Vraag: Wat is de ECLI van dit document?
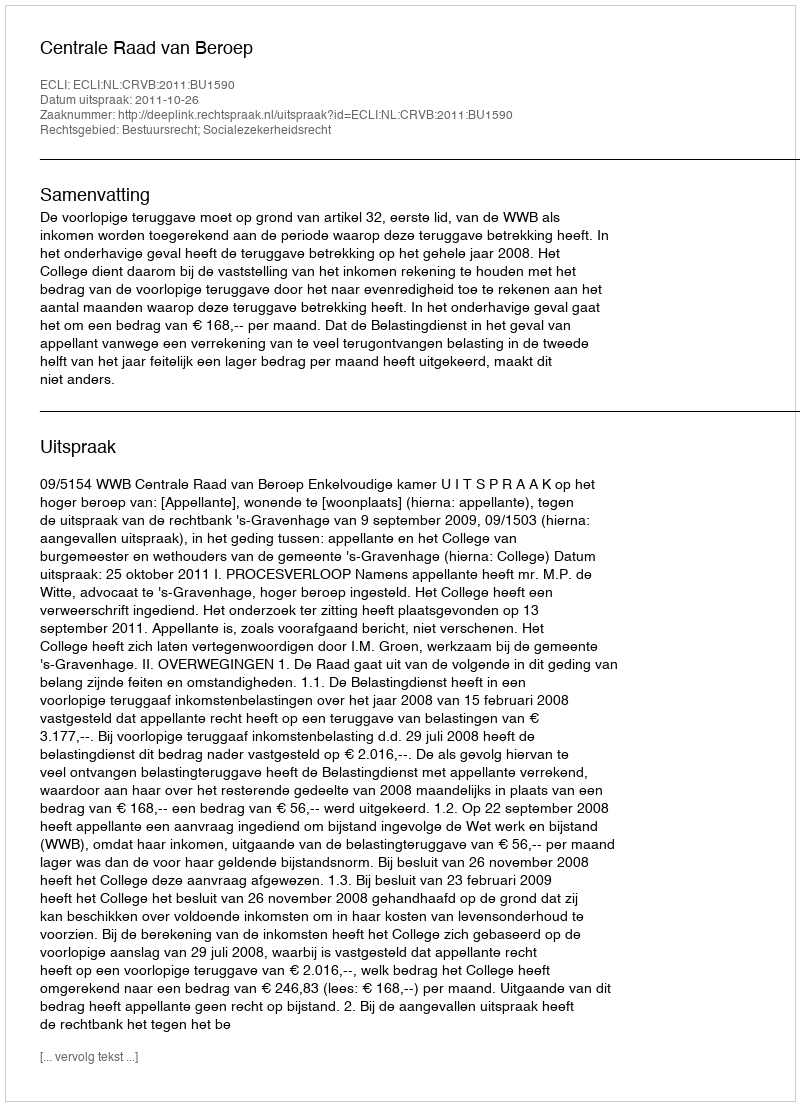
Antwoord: ECLI:NL:CRVB:2011:BU1590